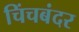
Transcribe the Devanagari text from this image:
चिंचबंदर